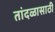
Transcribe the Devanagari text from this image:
तांदळासाठी